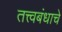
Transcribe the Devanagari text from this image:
तत्त्वबंधाचे